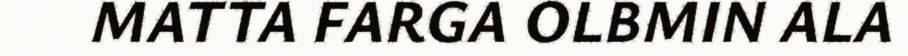
MATTA FARGA OLBMIN ALA